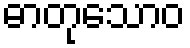
ဓာတုသောဝ